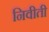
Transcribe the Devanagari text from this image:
निवीती